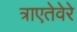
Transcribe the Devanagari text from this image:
त्राएतेवेरे